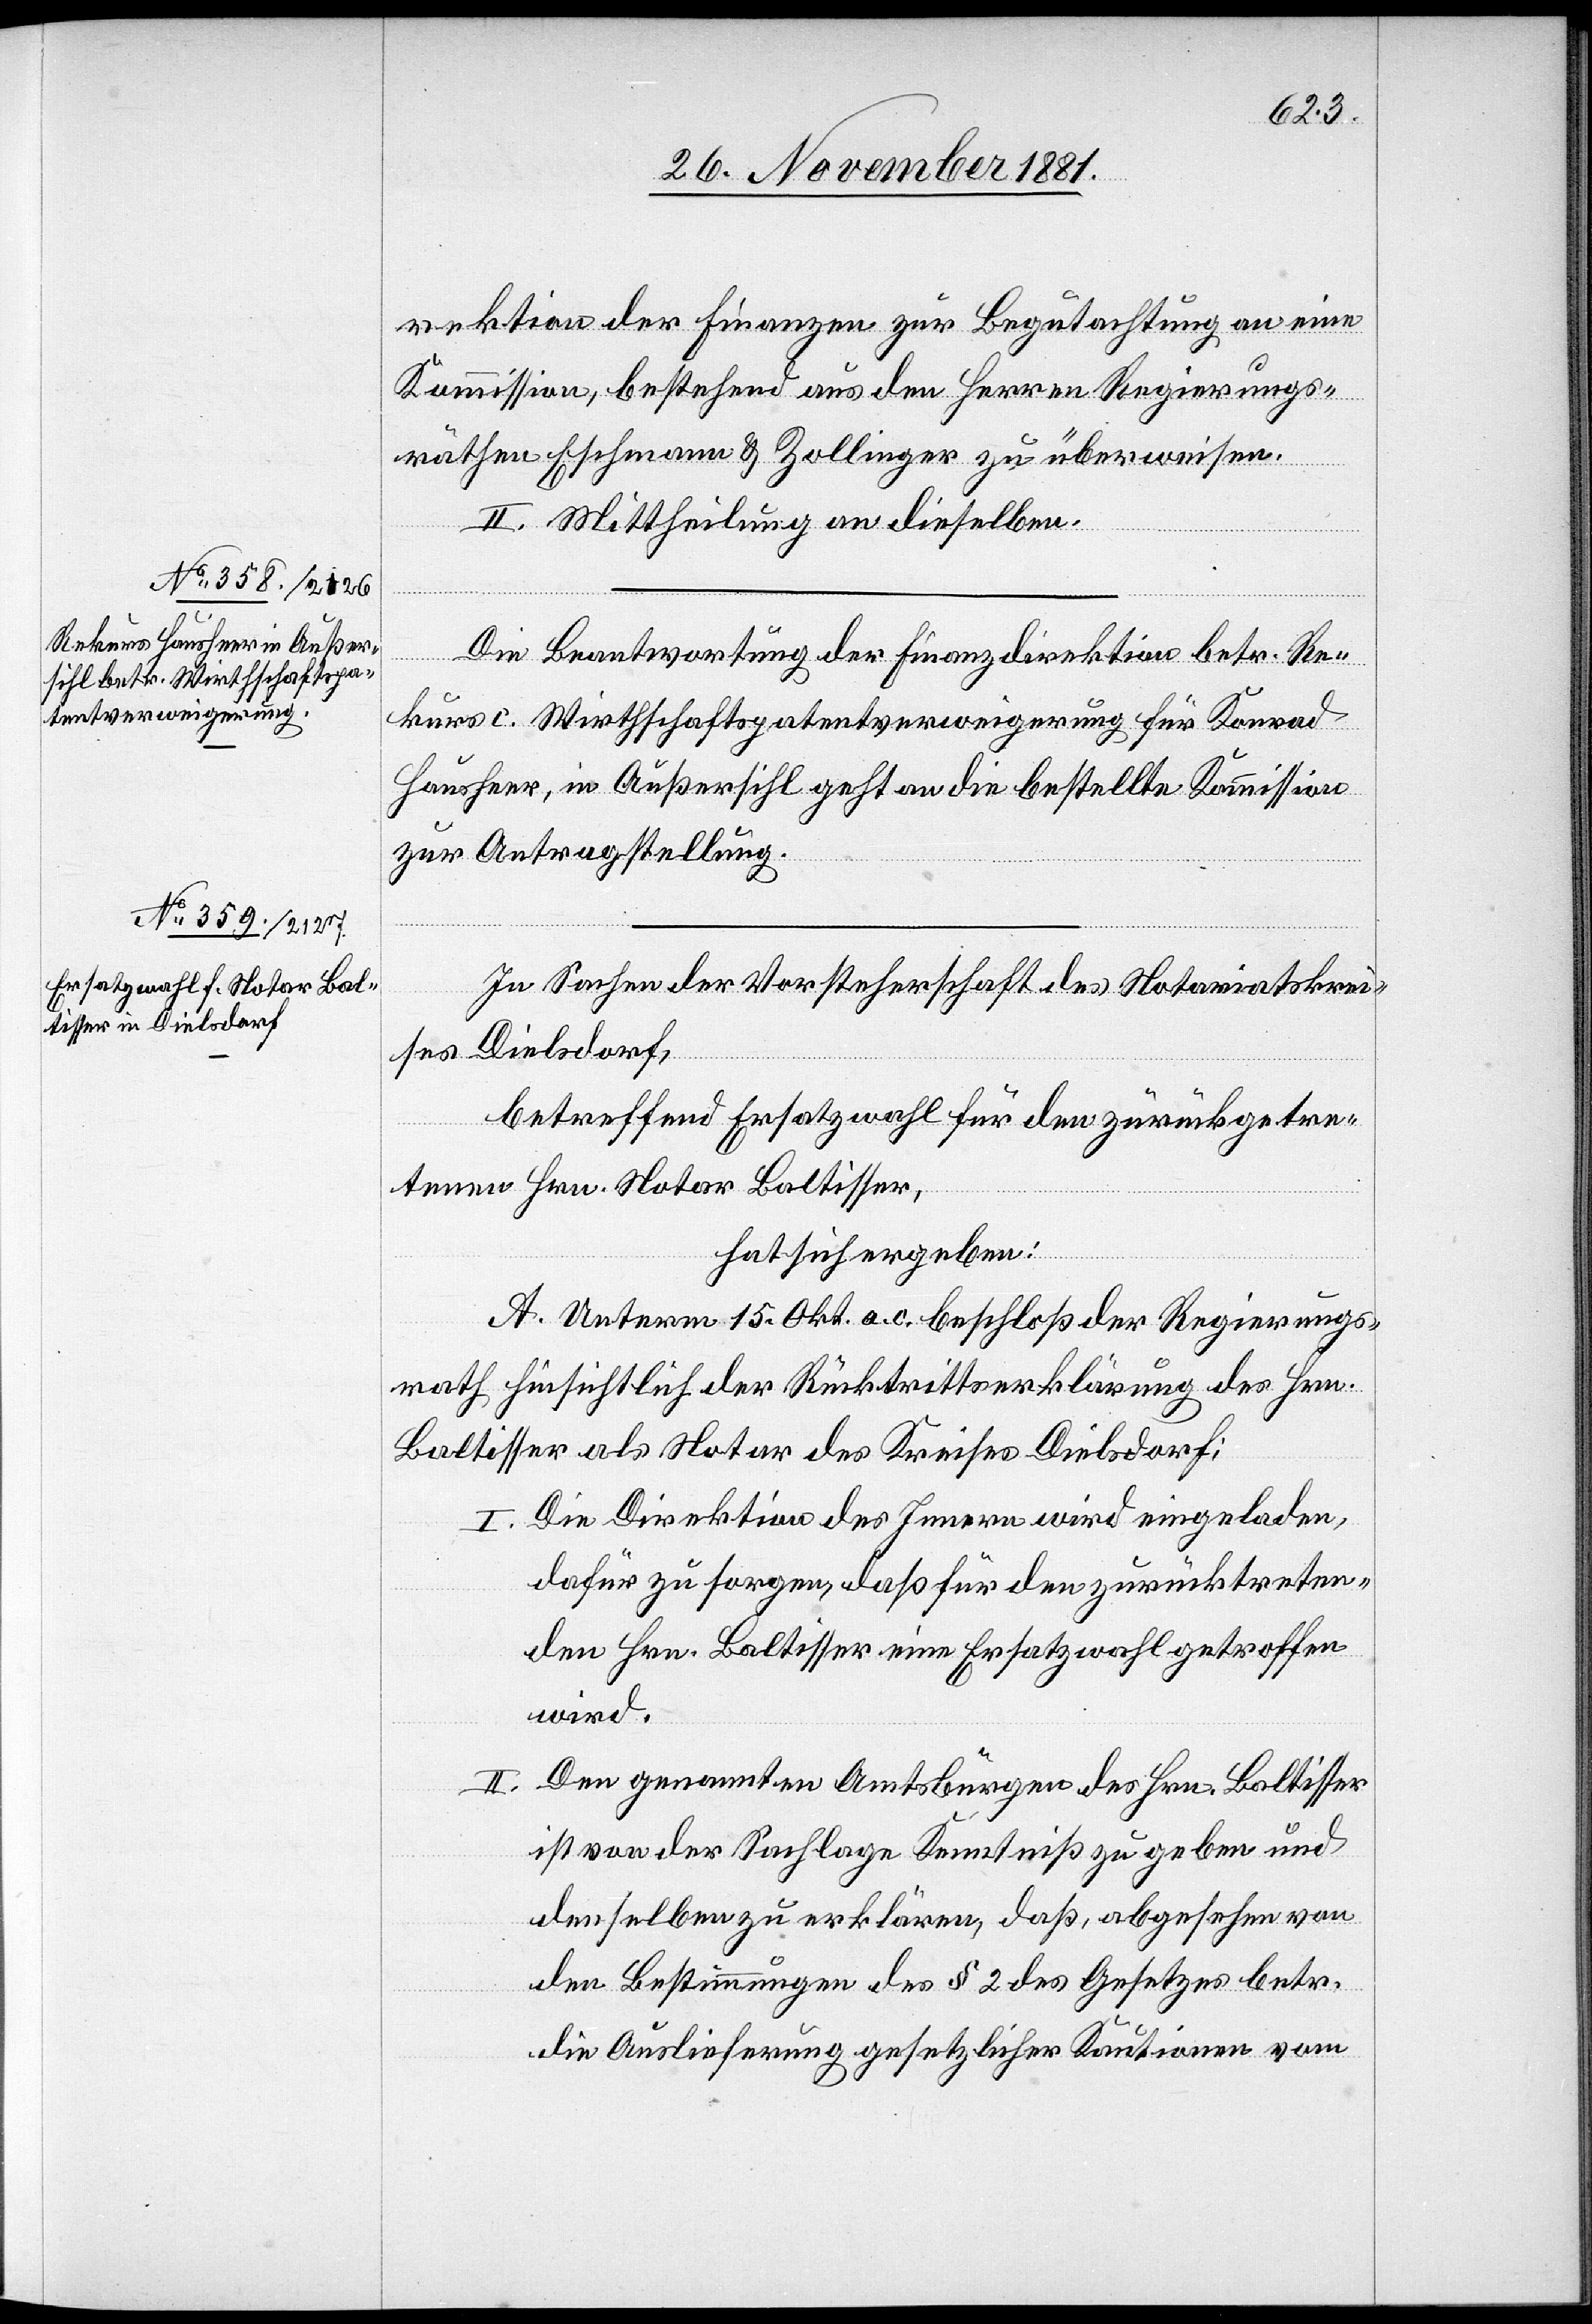
rektion der Finanzen zur Begutachtung an eine
Kommission, bestehend aus den Herren Regierungs¬
räthen Eschmann & Zollinger zu überweisen.
II. Mittheilung an dieselben.
Die Beantwortung der Finanzdirektion betr. Re¬
kurs c. Wirthschaftspatentverweigerung für Konrad
Hausheer, in Außersihl geht an die bestellte Kommission
zur Antragstellung.